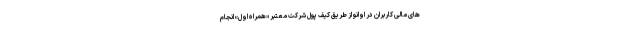
های مالی کاربران در اوانو از طریق کیف پول شرکت معتبر «همراه اول» انجام